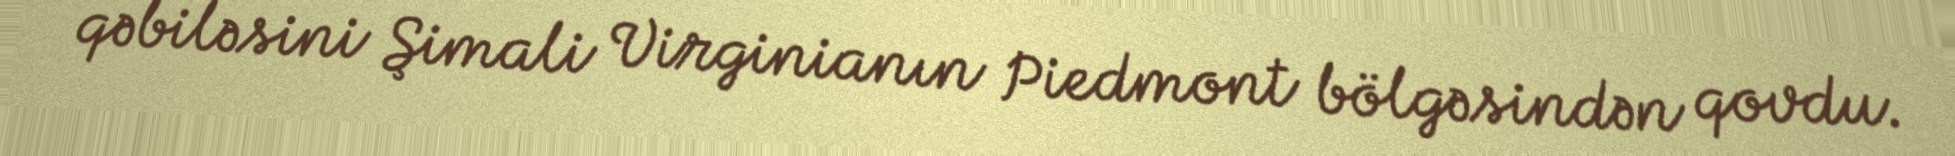
qəbiləsini Şimali Virginianın Piedmont bölgəsindən qovdu.